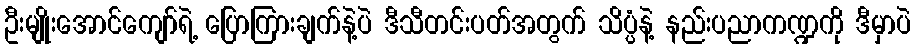
ဦးမျိုးအောင်ကျော်ရဲ့ ပြောကြားချက်နဲ့ပဲ ဒီသီတင်းပတ်အတွက် သိပ္ပံနဲ့ နည်းပညာကဏ္ဍကို ဒီမှာပဲ